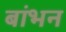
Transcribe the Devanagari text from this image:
बांभन